Plague in India, 1896, 1897 - Volume 1
Year: 1896
Disease focus: Plague
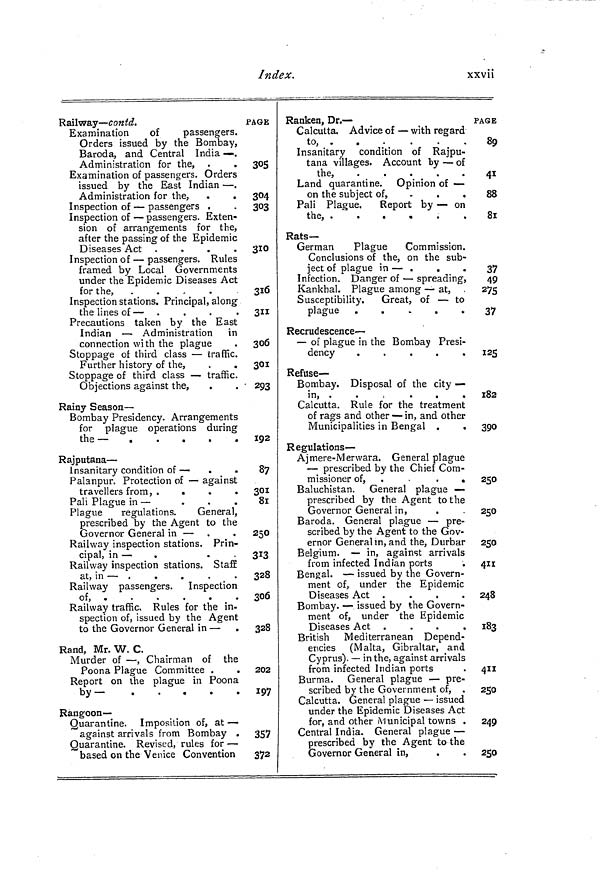
Index.
xxvii
Railway— contd.
Examination
of
passengers.
Orders issued by the Bombay,
Baroda, and Central India — .
Administration for the, .
•
Examination of passengers. Orders
issued by the East Indian — .
Administration for the,
.
.
Inspection of — passengers .
Inspection of — passengers. Exten-
sion of arrangements for the,
after the passing of the Epidemic
Diseases Act .
Inspection of — passengers. Rules
framed by Local Governments
under the Epidemic Diseases Act
for the,
.
Inspection stations. Principal, along
the lines of —
Precautions taken by the East
Indian — Administration in
connection with the plague
Stoppage of third class — traffic.
Further history of the,
.
.
Stoppage of third class — traffic.
Objections against the,
Rainy Season —
Bombay Presidency. Arrangements
for plague operations during
the —
Rajputana —
Insanitary condition of —
.
«
P alanpur. Protection of — against
travellers from, .
.
.
.
Pah Plague in —
.
.
.
Plague
regulations.
General,
prescribed by the Agent to the
Governor General in —
Railway inspection stations. Prin-
cipal, in —
.
.
Railway inspection stations. Staff
at, in — .
.
Railway passengers. Inspection
of, .
.
.
.
.
.
Railway traffic. Rules for the in-
spection of, issued by the Agent
to the Governor General in — .
Rand, Mr. W. C.
Murder of — , Chairman of the
Poona Plague Committee .
.
Report on the plague in Poona
by —
.
.
.
.
Rangoon—
Quarantine. Imposition of, at —
against arrivals from Bombay .
Quarantine. Revised, rules for —
based on the Venice Convention
PAGE
305
304
303
310
316
311
306
301
293
192
87
301
81
250
3!3
328
306
328
202
197
357
372
Ranken, Dr. —
Calcutta. Advice of — with regard
to,
Insanitary condition of Rajpu-
tana villages. Account by — of
the,
. f
.
. _ .
Land quarantine. Opinion of —
on the subject of,
...
Pali Plague.
Report by — on
the, .
.
.
.
.
.
Rats-
German
Plague
Commission.
Conclusions of the, on the sub-
ject of plague in — .
.
Infection. Danger of — spreading,
Kankhal. Plague among — at,
Susceptibility.
Great, of — to
plague
Recrudescence —
— of plague in the Bombay Presi-
i
dency
Refuse-
Bombay. Disposal of the city —
in, . . .
.
.
.
Calcutta. Rule for the treatment
of rags and other — in, and other
Municipalities in Bengal .
.
Regulations —
Aj mere- M envara. General plague
— prescribed by the Chief Com-
missioner of,
.
.
Baluchistan. General plague —
prescribed by the Agent to the
Governor General in,
Baroda. General plague — pre-
scribed by the Agent to the Gov-
ernor General in, and the, Durbar
Belgium. — in, against arrivals
from infected Indian ports
.
Bengal. — issued by the Govern-
ment of, under the Epidemic
Diseases Act .
.
.
.
Bombay
-
issued
by
the
govern
ment of, under the Epidemic
Diseases Act .
.
.
.
British Mediterranean Depend-
encies (Malta, Gibraltar, and
Cyprus). — in the, against arrivals
from infected Indian ports
Burma. General plague — pre-
scribed by the Government of, .
Calcutta. General plague — issued
under the Epidemic Diseases Act
for, and other Municipal towns .
Central India. General plague —
prescribed by the Agent to the
Governor General in,
.
PAGE
89 W 7
441
88
81
37
49
27S
37
125
182
390
2 250
250
250
411
248
183
411
2SO
249
250